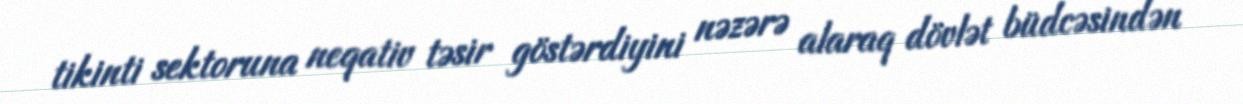
tikinti sektoruna neqativ təsir göstərdiyini nəzərə alaraq dövlət büdcəsindən